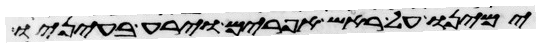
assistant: ימינו על ראש אפרים וירע בעיניו